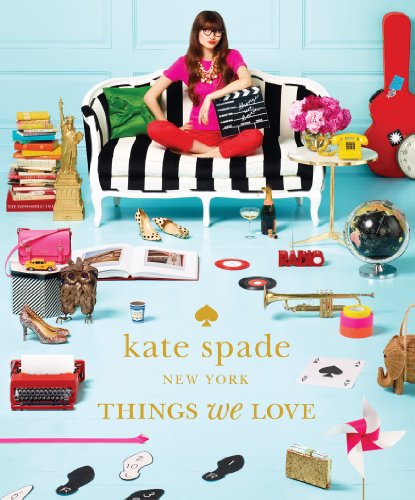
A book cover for Kate Spade New York: Things We Love: Twenty Years of Inspiration, Intriguing Bits and Other Curiosities; Kate Spade New York; Humor & Entertainment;